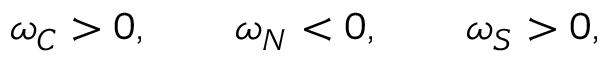
\omega _ { C } > 0 , \qquad \omega _ { N } < 0 , \qquad \omega _ { S } > 0 ,